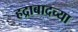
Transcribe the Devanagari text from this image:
हद्राबादच्या